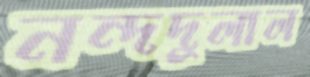
নন্দদুলাল